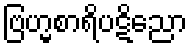
ဗြဟ္မစာရိပဋိညော